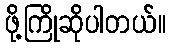
ဖို့ကြိုဆိုပါတယ်။